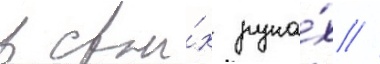
в свои́х рука́х //